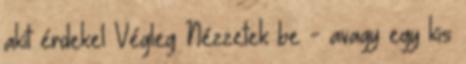
akit érdekel Végleg Nézzetek be - avagy egy kis